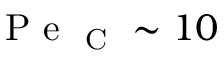
\mathrm { ~ P ~ e ~ } _ { \mathrm { ~ C ~ } } \sim 1 0